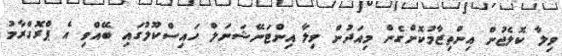
ވިލާ ކޮލެޖުން އިންތިޒާމުކޮށްގެން މިއަދުން ވިލާ އިންޓަނޭޝަނަލް ހައިސްކޫލުގައި ބޭއްވި އެ ޕްރޮގްރާމު